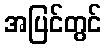
အပြင်တွင်